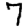
Digit: 7